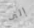
إلى